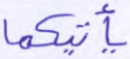
يأتيكما